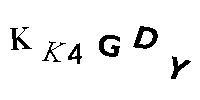
KK4GDY